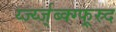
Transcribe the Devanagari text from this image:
र्य्ज्य्ज्ब्क्ग्फ्र्स्र्द